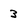
Character: 3